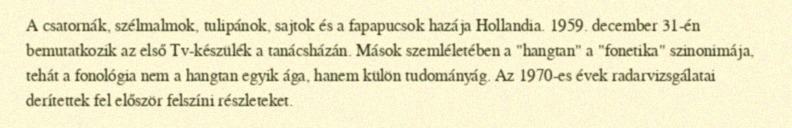
A csatornák, szélmalmok, tulipánok, sajtok és a fapapucsok hazája Hollandia. 1959. december 31-én bemutatkozik az első Tv-készülék a tanácsházán. Mások szemléletében a "hangtan" a "fonetika" szinonimája, tehát a fonológia nem a hangtan egyik ága, hanem külön tudományág. Az 1970-es évek radarvizsgálatai derítettek fel először felszíni részleteket.